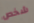
شخص